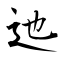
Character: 迆